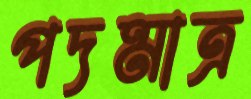
পদমাত্র